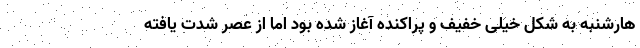
هارشنبه به شکل خیلی خفیف و پراکنده آغاز شده بود اما از عصر شدت یافته